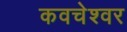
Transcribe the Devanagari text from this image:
कवचेश्वर